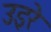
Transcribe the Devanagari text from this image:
उइरे